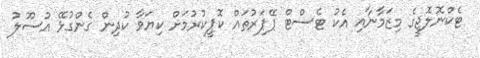
ޓެކްނޮލޮޖީގެ މިޒަމާނާއި އެކު ޓެސްޓް ޕޭޕަރުތައް ކޮޕީކުރުމަށް ކިޔަވާ ކުދިން ގެންގުޅޭ އުސޫލު